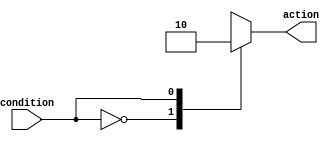
module case_statement_behavior (
    input wire condition,
    output reg action
);

initial begin
    case (condition)
        0: // if condition is 0
            action = 1; // perform action 1
        1: // if condition is 1
            action = 0; // perform action 0
        default: // if no conditions match
            action = 0; // perform default action
    endcase
end

endmodule